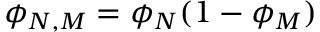
\phi _ { N , M } = \phi _ { N } ( 1 - \phi _ { M } )